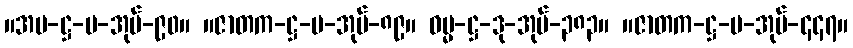
။အပ-ဋ္ဌ-ပ-အုပ်-၉၀။ ။ဇာတက-ဋ္ဌ-ပ-အုပ်-၈၉။ ဓမ္မ-ဋ္ဌ-ဒု-အုပ်-၃၈၃။ ။ဇာတက-ဋ္ဌ-ပ-အုပ်-၄၄၇။